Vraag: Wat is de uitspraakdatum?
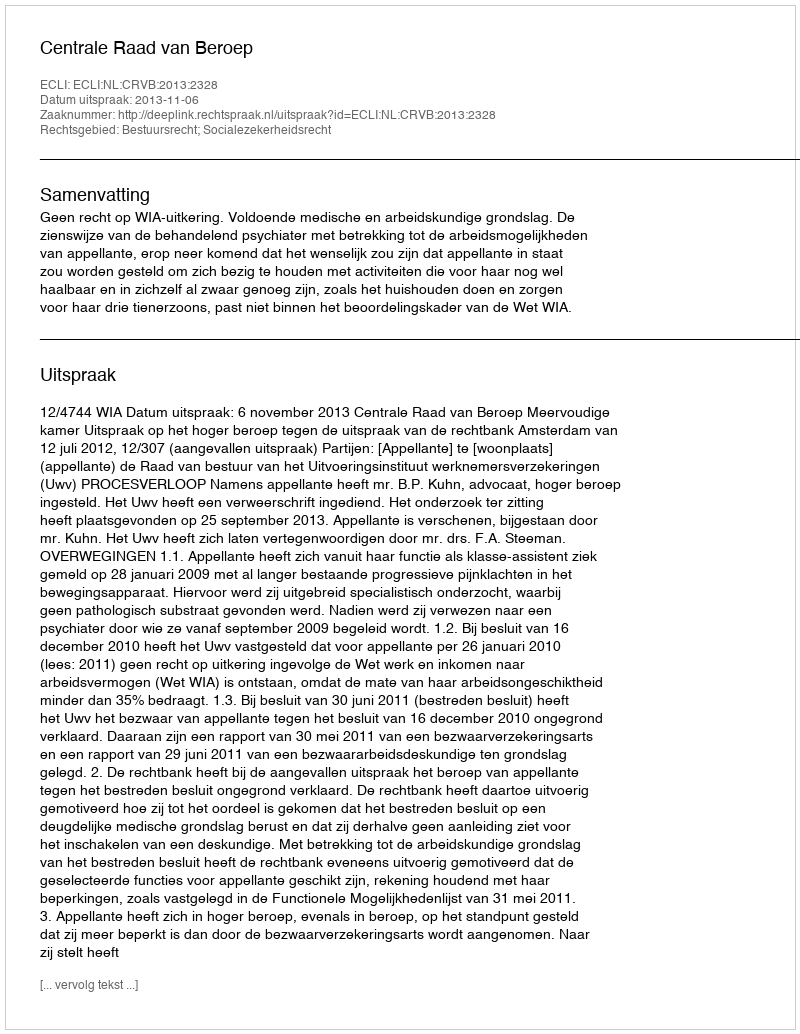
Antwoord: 2013-11-06